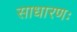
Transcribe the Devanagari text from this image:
साधारणः